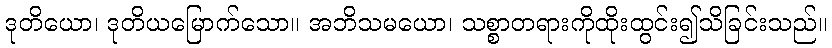
ဒုတိယော၊ ဒုတိယမြောက်သော။ အဘိသမယော၊ သစ္စာတရားကိုထိုးထွင်း၍သိခြင်းသည်။